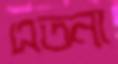
এতনা